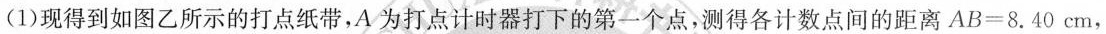
(1)现得到如图乙所示的打点纸带，A为打点计时器打下的第一个点，测得各计数点间的距离 $$A B = 8 . 4 0 c m$$，